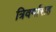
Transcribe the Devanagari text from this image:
त्रिवर्गासह